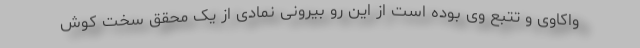
واکاوی و تتبع وی بوده است از این رو بیرونی نمادی از یک محقق سخت کوش